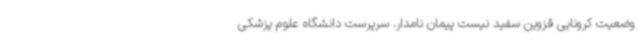
وضعیت کرونایی قزوین سفید نیست پیمان نامدار، سرپرست دانشگاه علوم پزشکی